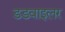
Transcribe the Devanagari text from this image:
डडवाइलर